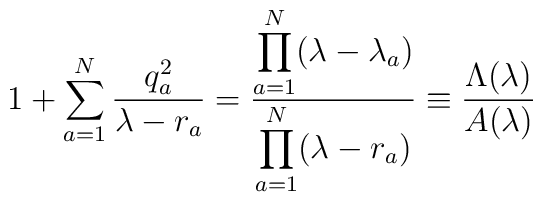
1+\sum_{a=1}^N \frac{q_a^2}{\lambda-r_a}=\frac{\displaystyle\prod_{a=1}^N (\lambda-\lambda_a)}{\displaystyle \prod_{a=1}^N(\lambda-r_a)}\equiv \frac{\Lambda(\lambda)}{A(\lambda)}